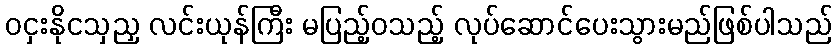
ဝငှးနိုငသှညှ လင်းယုန်ကြီး မပြည့်ဝသည့် လုပ်ဆောင်ပေးသွားမည်ဖြစ်ပါသည်